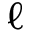
\ell